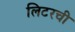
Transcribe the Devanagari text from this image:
लिटरची